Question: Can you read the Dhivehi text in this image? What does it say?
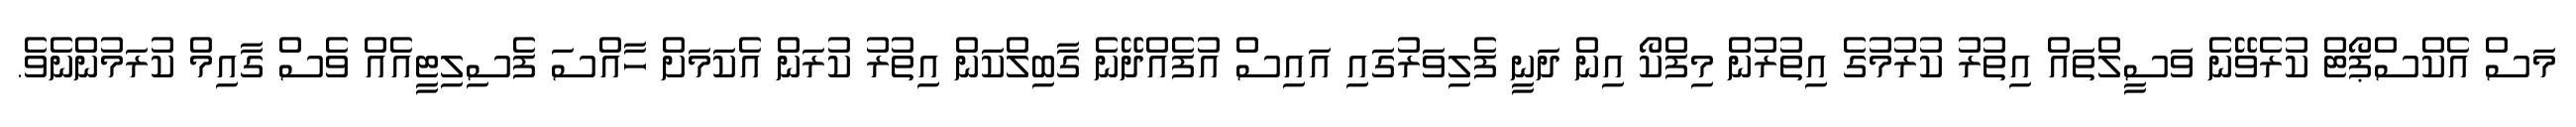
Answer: މަސް އެކްސްޕޯޓް ކުރެވޭނެ ވަސީލްތައް އިތުރު ކުރުމުގެ އިތުރުން މިފްކޯ އިން ދަނީ ފެލިވަރުގައި އައިސް އުފެއްދޭނެ ގާބިލްކަން އިތުރު ކުރަން އެކަމަށް ހާއްސަ ފެސިލިޓީއެއް ވެސް ގާއިމް ކުރަމުންނެވެ.